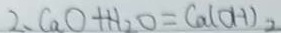
2 . C a O + H _ { 2 } O = C a ( O H ) _ { 2 }